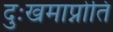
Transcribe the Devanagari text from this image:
दुःखमाप्नोति